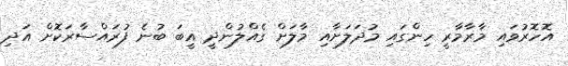
އޮހޮރުވައި މާރާމާރީ ހިންގައި މުދަލަށާއި މާލަށް ގެއްލުންދީ ޣީބަ ބުނެ ފުރައްސާރަކޮށް އަދި